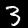
Label: 3